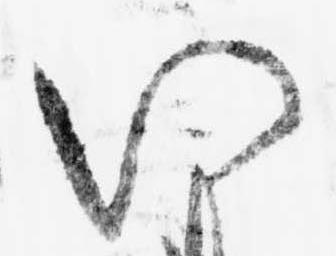
い